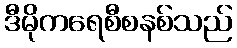
ဒီမိုကရေစီစနစ်သည်